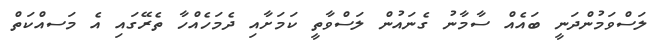
ލަސްވަމުންދަނީ ބައެއް ސާމާނު ގެނައުން ލަސްވާތީ ކަމަށާއި ދެމަހެއްހާ ތެރޭގައި އެ މަަސއްކަތް